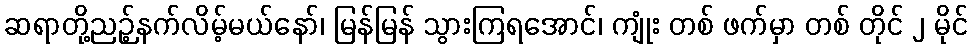
ဆရာတို့ညဉ့်နက်လိမ့်မယ်နော်၊ မြန်မြန် သွားကြရအောင်၊ ကျုံး တစ် ဖက်မှာ တစ် တိုင် ၂ မိုင်